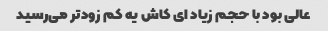
عالی بود با حجم زیاد ای کاش یه کم زودتر می‌رسید